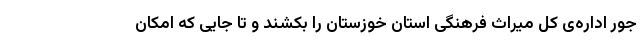
جور اداره‌ی کل میراث فرهنگی استان خوزستان را بکشند و تا جایی که امکان